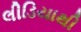
લીડિયાથી